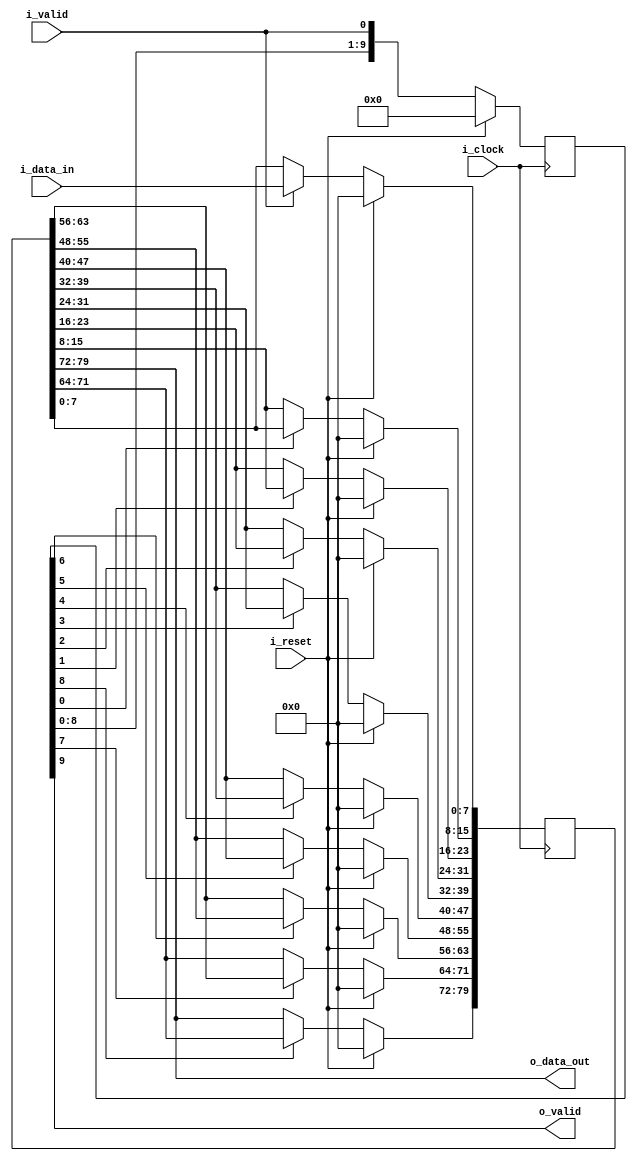
/*------------------------------------------------------------------------------
 -- Project     : CL40GC
 -------------------------------------------------------------------------------
 -- File        : common_fix_delay_line.v
 -- Author      : Ramiro R. Lopez
 -- Originator  : Clariphy Argentina S.A.
 -- Date        : 2010-Mar-27
 --
 -- Rev 0       : Initial release. RRL.
 -- Rev 1       : 20121107. Changed port declaration style.
 --
 -- $Id: common_fix_delay_line_w_del_valid.v 8491 2016-09-26 19:47:51Z rlopez $
 -------------------------------------------------------------------------------
 -- Description : .
 -------------------------------------------------------------------------------
 -- Copyright (C) 2009 ClariPhy Argentina S.A.  All rights reserved 
 ------------------------------------------------------------------------------*/

//`timescale  1ns/1ps

module common_fix_delay_line_w_del_valid
#(
    // PARAMETERS.
    parameter                               NB_DATA     = 8 ,
    parameter                               DELAY       = 10
)
(
    // OUTPUTS.
    output  wire    [NB_DATA-1:0]           o_data_out ,
    output  wire                            o_valid ,

    // INPUTS.
    input   wire    [NB_DATA-1:0]           i_data_in ,
    input   wire                            i_valid ,
    input   wire                            i_reset ,
    input   wire                            i_clock
);


    /*// BEGIN: Quick instance
    common_fix_delay_line_w_del_valid
    #(
        .NB_DATA        (  ),
        .DELAY          (  )
    )
    u_common_fix_delay_line_w_del_valid
    (
        .o_data_out     (  ),
        .o_valid        (  ),
        .i_data_in      (  ),
        .i_valid        (  ),
        .i_reset        (  ),
        .i_clock        (  )
    ) ;
    // END: Quick instance.*/



    // ALGORITHM BEGIN.


    generate
    //begin : gen_delay // Removed begin/end for synopsys...

        if ( DELAY <= 0 )
        begin : genif_0_delay

            assign  o_data_out  = i_data_in ;
            assign  o_valid     = i_valid ;

        end // genif_0_delay

        else if ( DELAY == 1 )
        begin : genif_1_delay

            reg             [NB_DATA-1:0]           delay_l ;
            reg                                     delay_l_valid ;

            always @( posedge i_clock )
                if ( i_reset )
                    delay_l <= { NB_DATA {1'b0} };
                else if ( i_valid )
                    delay_l <= i_data_in;

            always @( posedge i_clock )
                if ( i_reset )
                    delay_l_valid   <= 1'b0 ;
                else
                    delay_l_valid   <= i_valid ;

            assign  o_data_out  = delay_l ;
            assign  o_valid     = delay_l_valid ;

        end // genif_1_delay

        else if ( DELAY > 1 )
        begin : genif_no_01_delay

            reg             [DELAY*NB_DATA-1:0]     delay_l ;
            reg             [DELAY-1:0]             delay_l_valid ;
            integer                                 i ;

            always @( posedge i_clock )
                if ( i_reset )
                    delay_l_valid   <= { DELAY {1'b0} } ;
                else
                    delay_l_valid   <= { delay_l_valid[ DELAY-1-1 : 0 ], i_valid } ;

            always @( posedge i_clock )
                if ( i_reset )
                    delay_l         <= { DELAY*NB_DATA {1'b0} } ;
                else
                begin
                    if ( i_valid )
                        delay_l[ 0*NB_DATA +: NB_DATA ]    <= i_data_in ;
                    for ( i=1; i<DELAY; i=i+1 )
                        if ( delay_l_valid[ i-1 ] )
                            delay_l[ ( i )*NB_DATA +: NB_DATA ]    <= delay_l[ ( i-1 )*NB_DATA +: NB_DATA ] ;
                end

            assign  o_data_out  = delay_l[ DELAY*NB_DATA-1 -: NB_DATA ] ;
            assign  o_valid     = delay_l_valid[ DELAY-1 ] ;

        end // genif_no_01_delay

    //end // gen_delay
    endgenerate


endmodule // common_fix_delay_line_w_valid